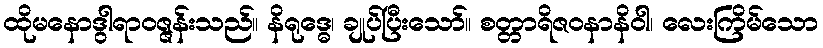
ထိုမနောဒွါရာဝဇ္ဇန်းသည်။ နိရုဒ္ဓေ၊ ချုပ်ပြီးသော်။ စတ္တာရိဇဝနာနိဝါ၊ လေးကြိမ်သော